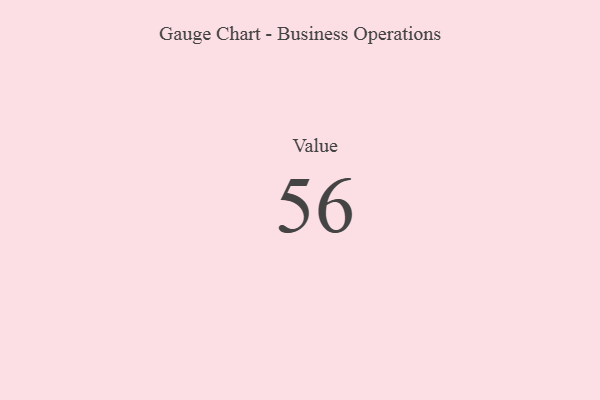
{"axis": {"x": "Metric", "y": "Value"}, "legend": [""], "data": [{"x": "Value", "y": 56, "type": ""}]}